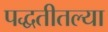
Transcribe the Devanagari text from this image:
पद्धतीतल्या